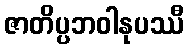
ဇာတိပ္ပဘဝါနုပဿီ